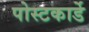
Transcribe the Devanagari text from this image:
पोस्टकार्डे